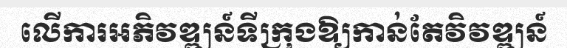
លើការអភិវឌ្ឍន៍ទីក្រុងឱ្យកាន់តែវិវឌ្ឍន៍